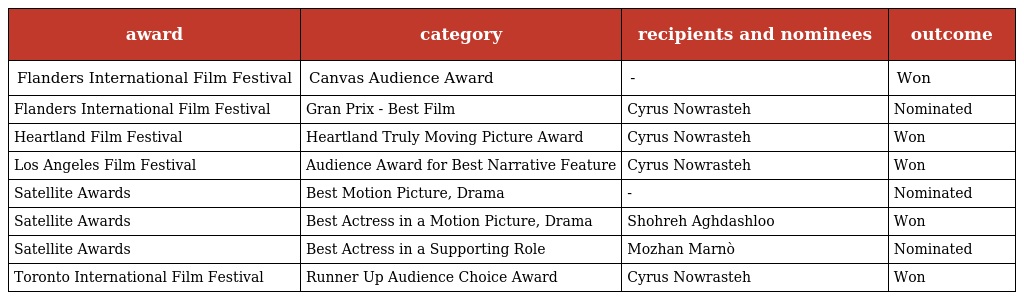
| award | category | recipients and nominees | outcome |
 | --- | --- | --- | --- |
 | Flanders International Film Festival | Canvas Audience Award | - | Won |
 | Flanders International Film Festival | Gran Prix - Best Film | Cyrus Nowrasteh | Nominated |
 | Heartland Film Festival | Heartland Truly Moving Picture Award | Cyrus Nowrasteh | Won |
 | Los Angeles Film Festival | Audience Award for Best Narrative Feature | Cyrus Nowrasteh | Won |
 | Satellite Awards | Best Motion Picture, Drama | - | Nominated |
 | Satellite Awards | Best Actress in a Motion Picture, Drama | Shohreh Aghdashloo | Won |
 | Satellite Awards | Best Actress in a Supporting Role | Mozhan Marnò | Nominated |
 | Toronto International Film Festival | Runner Up Audience Choice Award | Cyrus Nowrasteh | Won |